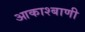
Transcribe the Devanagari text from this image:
आकाश्बाणी